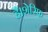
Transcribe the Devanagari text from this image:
है।शेरिफ